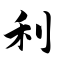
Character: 利